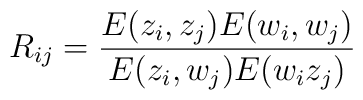
R_{ij}= \frac {E(z_i,z_j)E (w _i , w _j)}{E(z_i, w _j) E (w _i z_j)}